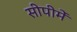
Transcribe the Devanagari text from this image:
सीपीमें